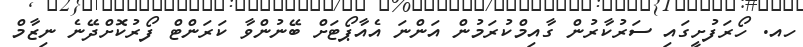
ހއ. ހޯރަފުށީގައި ސަރުކާރުން ގާއިމްކުރަމުން އަންނަ އެއާޕޯޓަށް ބޭނުންވާ ކަރަންޓް ފޯރުކޮށްދޭނެ ނިޒާމް